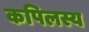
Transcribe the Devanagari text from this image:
कपिलस्य